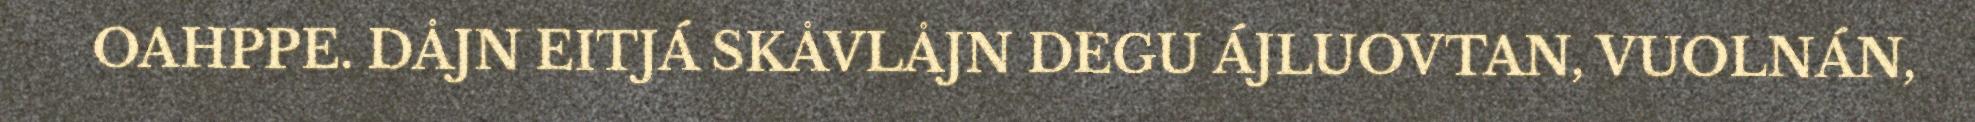
OAHPPE. DÅJN EITJÁ SKÅVLÅJN DEGU ÁJLUOVTAN, VUOLNÁN,